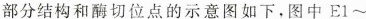
部分结构和酶切位点的示意图如下，图中E1\sim